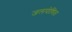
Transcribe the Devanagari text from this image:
जलपोषित